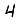
Digit: 4